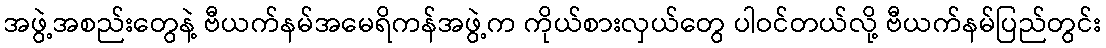
အဖွဲ့အစည်းတွေနဲ့ ဗီယက်နမ်အမေရိကန်အဖွဲ့က ကိုယ်စားလှယ်တွေ ပါဝင်တယ်လို့ ဗီယက်နမ်ပြည်တွင်း